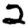
Digit: 2